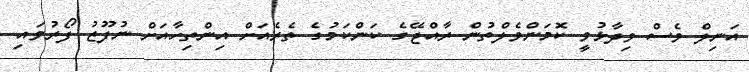
އަނިލް ވެސް ވިދާޅުވީ ކޮމަންވެލްތުން ރާއްޖޭގެ ކަންކަމުގެ ތެރެއަށް އިންތިހާއަށް ނުފޫޒު ފޯރުވައި